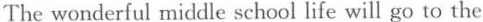
The wonderful middle school life will go to the